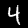
Label: 4